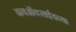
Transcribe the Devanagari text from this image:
डायऑक्साईडच्या